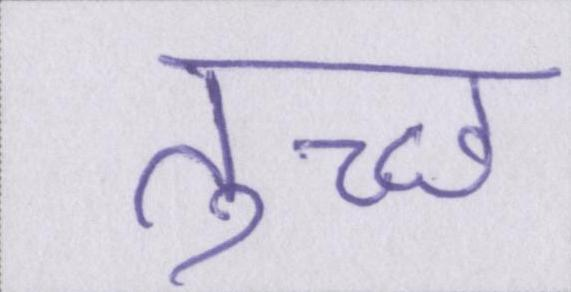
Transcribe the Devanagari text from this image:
तुच्छ